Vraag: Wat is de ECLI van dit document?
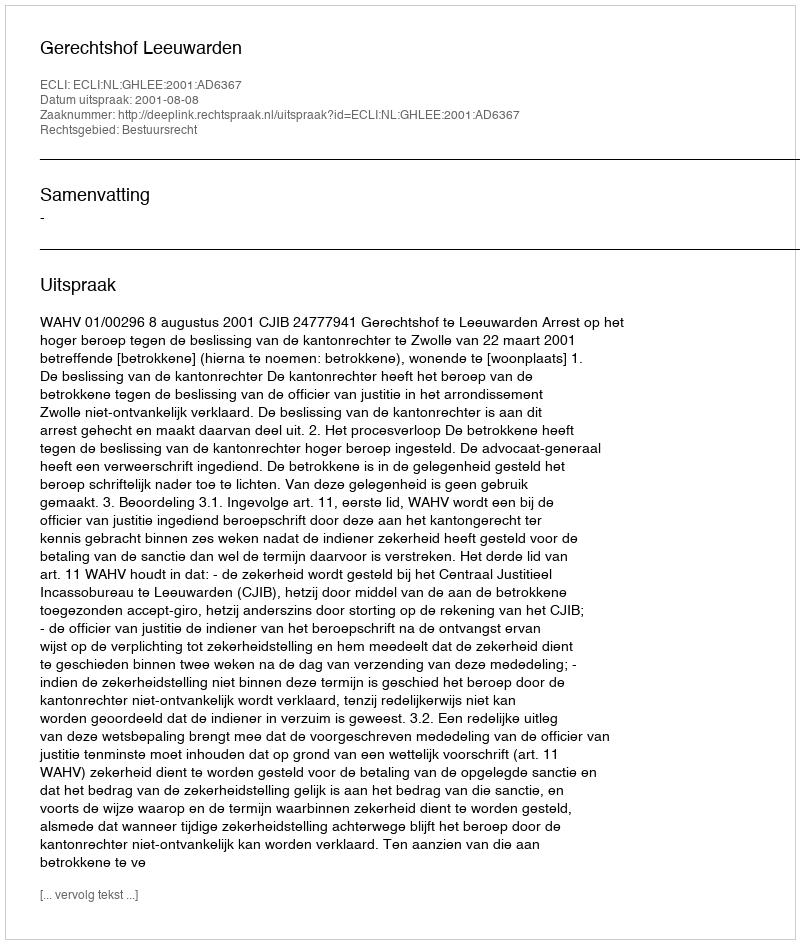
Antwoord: ECLI:NL:GHLEE:2001:AD6367